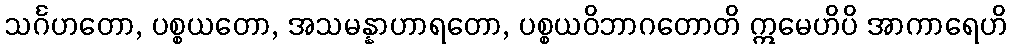
သင်္ဂဟတော, ပစ္စယတော, အသမန္နာဟာရတော, ပစ္စယဝိဘာဂတောတိ ဣမေဟိပိ အာကာရေဟိ